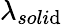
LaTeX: \lambda_{soli\mathrm{d}}